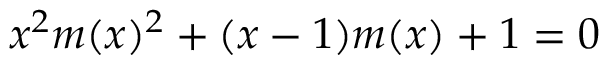
x ^ { 2 } m ( x ) ^ { 2 } + ( x - 1 ) m ( x ) + 1 = 0